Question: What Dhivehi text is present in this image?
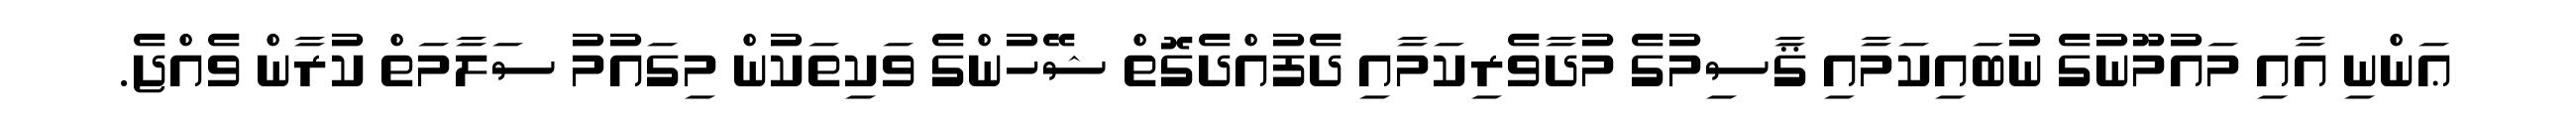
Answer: ޢަންނި އާއި މައުމޫނުގެ ނުބައިކަމާއި ޤާސިމުގެ މުދާވެރިކަމާއި ދެފުއްދެގޮތް ޝޭހުންގެ ވަކިތަކުން މިގައުމު ސަލާމަތް ކުރާން ވެއްޖެ.